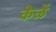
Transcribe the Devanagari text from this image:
केळें